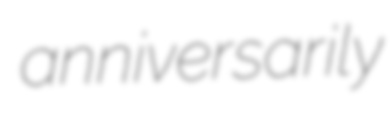
anniversarily